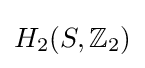
H_{2}(S,\mathbb {Z} _{2})